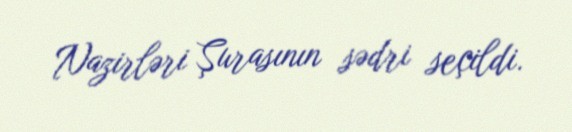
Nazirləri Şurasının sədri seçildi.